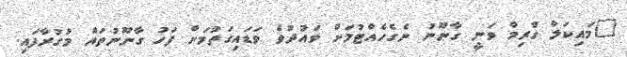
"މައިކަލް ގްރިމް ވަނީ ގާނޫނު ނެގެހެއްޓުމަށް ވައުދުވެ ވަޑައިގަތުމަށް ފަހު ގާނޫނުތައް މުގުރާފައި.